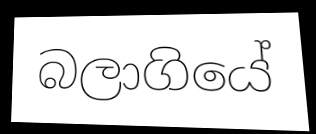
බලාගියේ